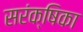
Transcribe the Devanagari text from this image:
सरंक्षिका